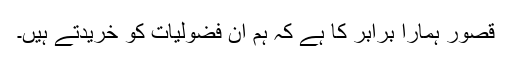
قصور ہمارا برابر کا ہے کہ ہم ان فضولیات کو خریدتے ہیں۔